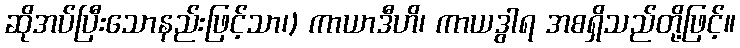
ဆိုအပ်ပြီးသောနည်းဖြင့်သာ၊) ကာယာဒီဟိ၊ ကာယဒွါရ အစရှိသည်တို့ဖြင့်။